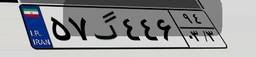
۱۹گ۴۲۴۳۶